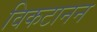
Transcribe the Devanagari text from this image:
विकटानन